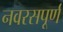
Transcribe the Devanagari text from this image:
नवरसपूर्ण